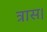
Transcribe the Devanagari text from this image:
त्रास।